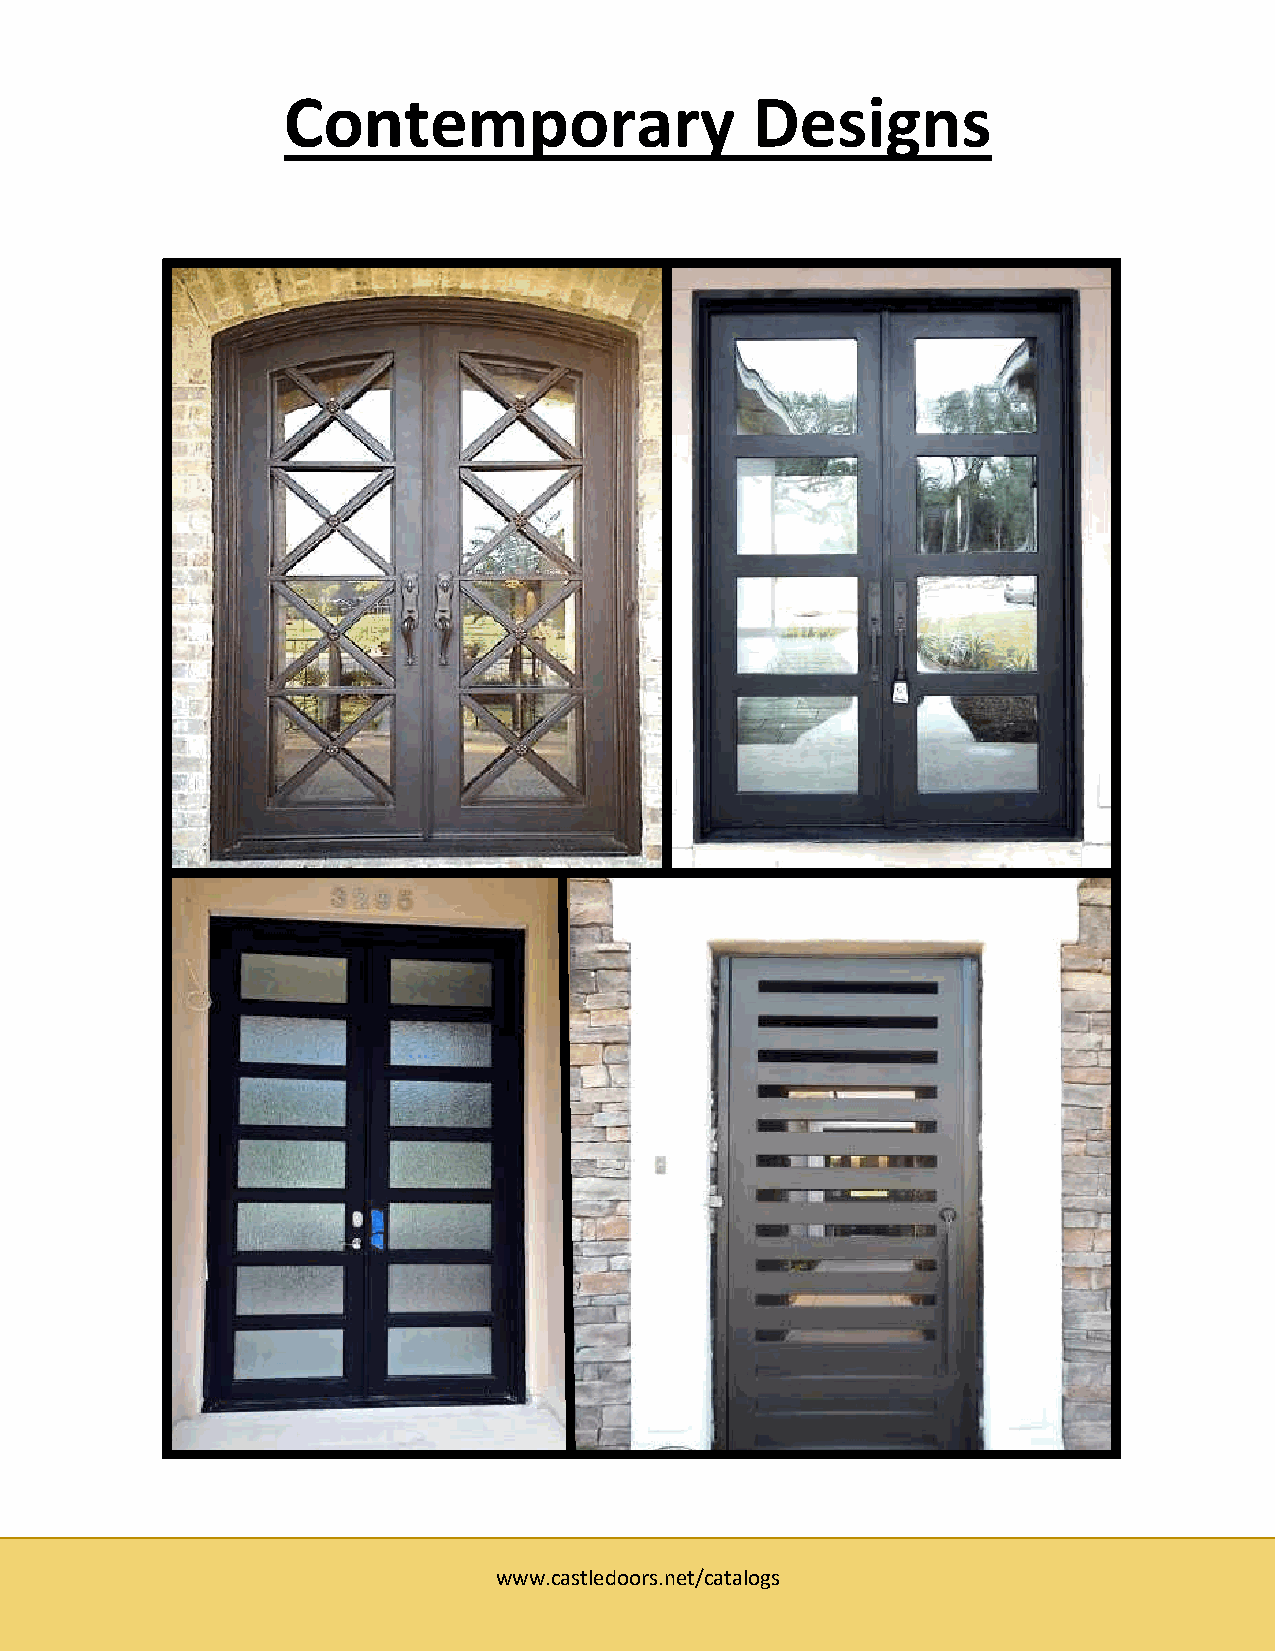
Contemporary                   Designs
 www.castledoors.net/catalogs